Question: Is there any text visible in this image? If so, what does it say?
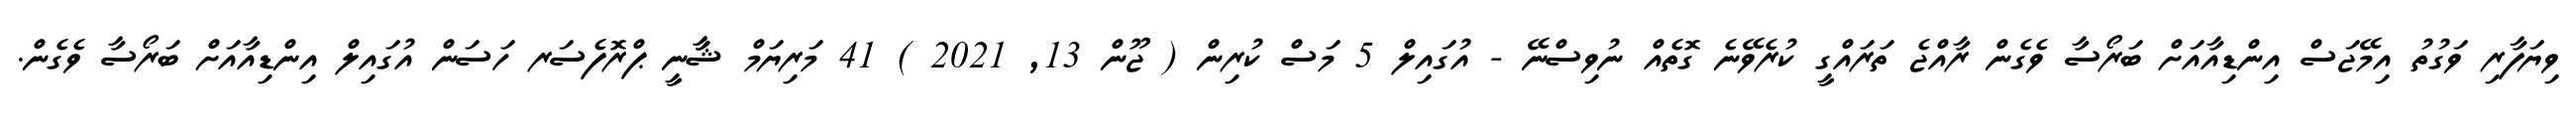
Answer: ވިޔަފާރި ވަގުތު އިމޭޖަސް އިންޑިއާއަށް ބަރޯސާ ވެގެން ރާއްޖެ ތަރައްގީ ކުރެވޭނެ ގޮތެއް ނުވިސްނޭ - އުގައިލް 5 މަސް ކުރިން ( ޖޫން 13, 2021 ) 41 މަރިޔަމް ޝާާނީ ޕްރޮފެސަރ ހަސަން އުގައިލް އިންޑިއާއަށް ބަރޯސާ ވެގެން.